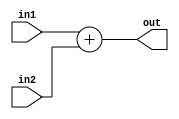
module add16(in1, in2 , out);
	
	input  [31:0] in1, in2;
	output [31:0] out;

	assign out = in1 + in2;
	
endmodule